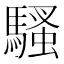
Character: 騷